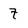
Character: 7